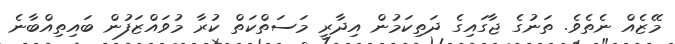
މޭޒެއް ނެތެވެ. ތަނުގެ ޖާގައިގެ ދަތިކަމުން އިދާރީ މަސަތްކަތް ކުރާ މުވައްޒަފުން ބައިތިއްބާނެ